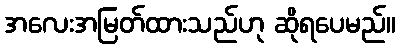
အလေးအမြတ်ထားသည်ဟု ဆိုရပေမည်။